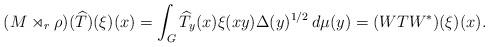
LaTeX: \begin{align*} (M \rtimes_r \rho)(\widehat T)(\xi)(x)= \int_G \widehat T_y(x) \xi(xy) \Delta(y)^{1/2} \, d\mu(y) =(WTW^*)(\xi)(x).\end{align*}